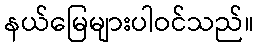
နယ်မြေများပါဝင်သည်။